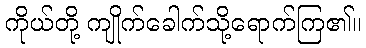
ကိုယ်တို့ ကျိုက်ခေါက်သို့ရောက်ကြ၏။